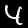
Label: 4